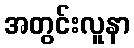
အတွင်းလူနာ